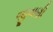
જીવાણી